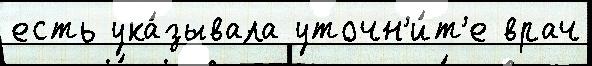
есть ука́зывала уточн'и́т'е врач